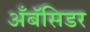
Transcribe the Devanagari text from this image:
अँबॅसिडर